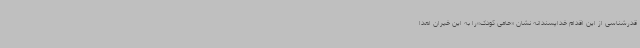
قدرشناسی از این اقدام خداپسندانه نشان «حامی کودک»را به این خیران اهدا